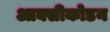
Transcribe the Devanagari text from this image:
आक्सीकोडन